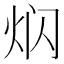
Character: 𤇄